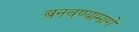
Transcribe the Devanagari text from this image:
बनवण्यामागे